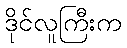
ဒိုင်လူကြီးက